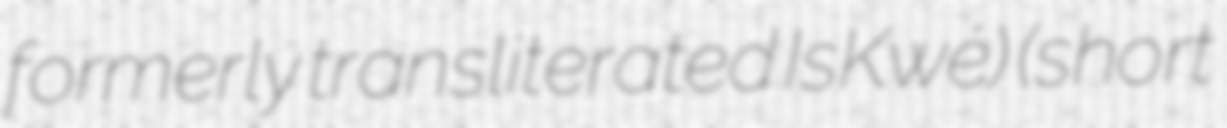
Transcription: formerly transliterated IsKwé) (short